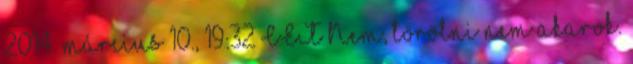
2014. március 10., 19:32 CET Nem, törölni nem akarok.